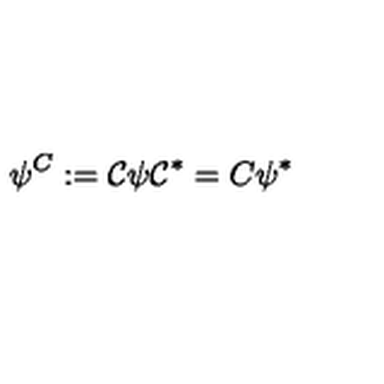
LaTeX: \psi ^ { C } : = \mathcal { C } \psi \mathcal { C } ^ { * } = C \psi ^ { * }